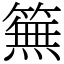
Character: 䉑